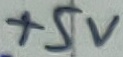
Text: +5V